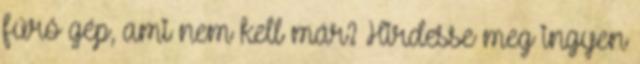
fúró gép, ami nem kell már? Hirdesse meg ingyen